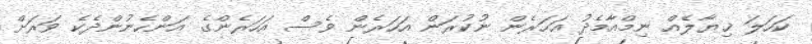
ކަހަލަ ޚިޔާލެއް ނިމްއާމެދު އަހަރެން ނުކުރަން އަހަރެން ވެސް އަހަރެންގެ އަންހެނުންދެކެ ވަރަށް